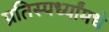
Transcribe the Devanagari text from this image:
प्रतिस्पर्ध्यांमधे